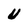
Character: U